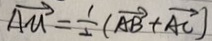
\overrightarrow { A u } = \frac { 1 } { 2 } ( \overrightarrow { A B } + \overrightarrow { A C } )